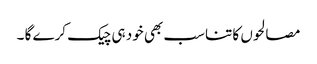
مصالحوں کا تناسب بھی خود ہی چیک کرے گا ۔